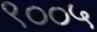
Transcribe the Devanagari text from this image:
९००५